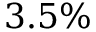
3 . 5 \%